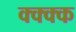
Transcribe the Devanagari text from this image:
क्क्क्क